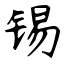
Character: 锡